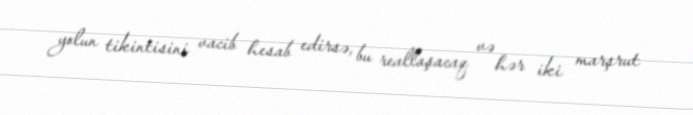
yolun tikintisini vacib hesab edirsə, bu reallaşacaq və hər iki marşrut